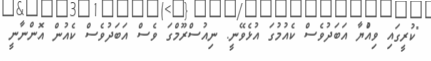
"ކުރީގައި ވިއްުޔާ އަބަދުވެސް ކެއުމުގަ އުޅެވޭނީ. ނިއުސްރޫމްގަ ވެސް އަބަދުވެސް ކެއުން އޮންނާނީ